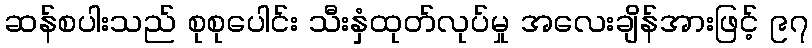
ဆန်စပါးသည် စုစုပေါင်း သီးနှံထုတ်လုပ်မှု အလေးချိန်အားဖြင့် ၉၇